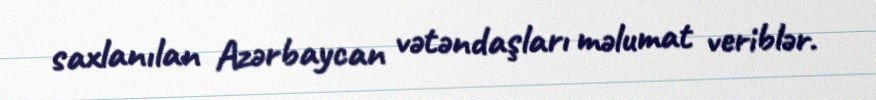
saxlanılan Azərbaycan vətəndaşları məlumat veriblər.